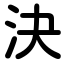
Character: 決